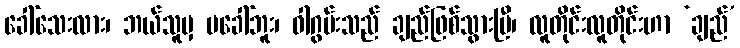
ခေါ်သေးလား၊ ဘယ်သူမှ မခေါ်ဘူး၊ ဝါဂွမ်းသည် ချည်ဖြစ်သွားပြီ၊ လူတိုင်းလူတိုင်းဟာ ‘ချည်’